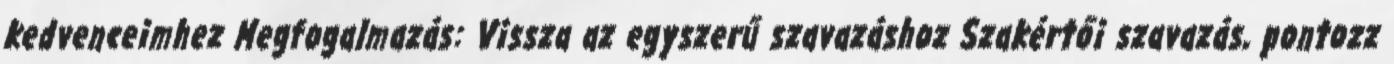
kedvenceimhez Megfogalmazás: Vissza az egyszerű szavazáshoz Szakértői szavazás, pontozz